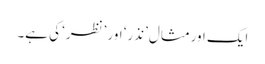
ایک اورمثال ’نذر‘ اور ’نظر‘ کی ہے۔